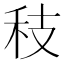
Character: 秓